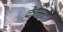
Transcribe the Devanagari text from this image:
केनिनो